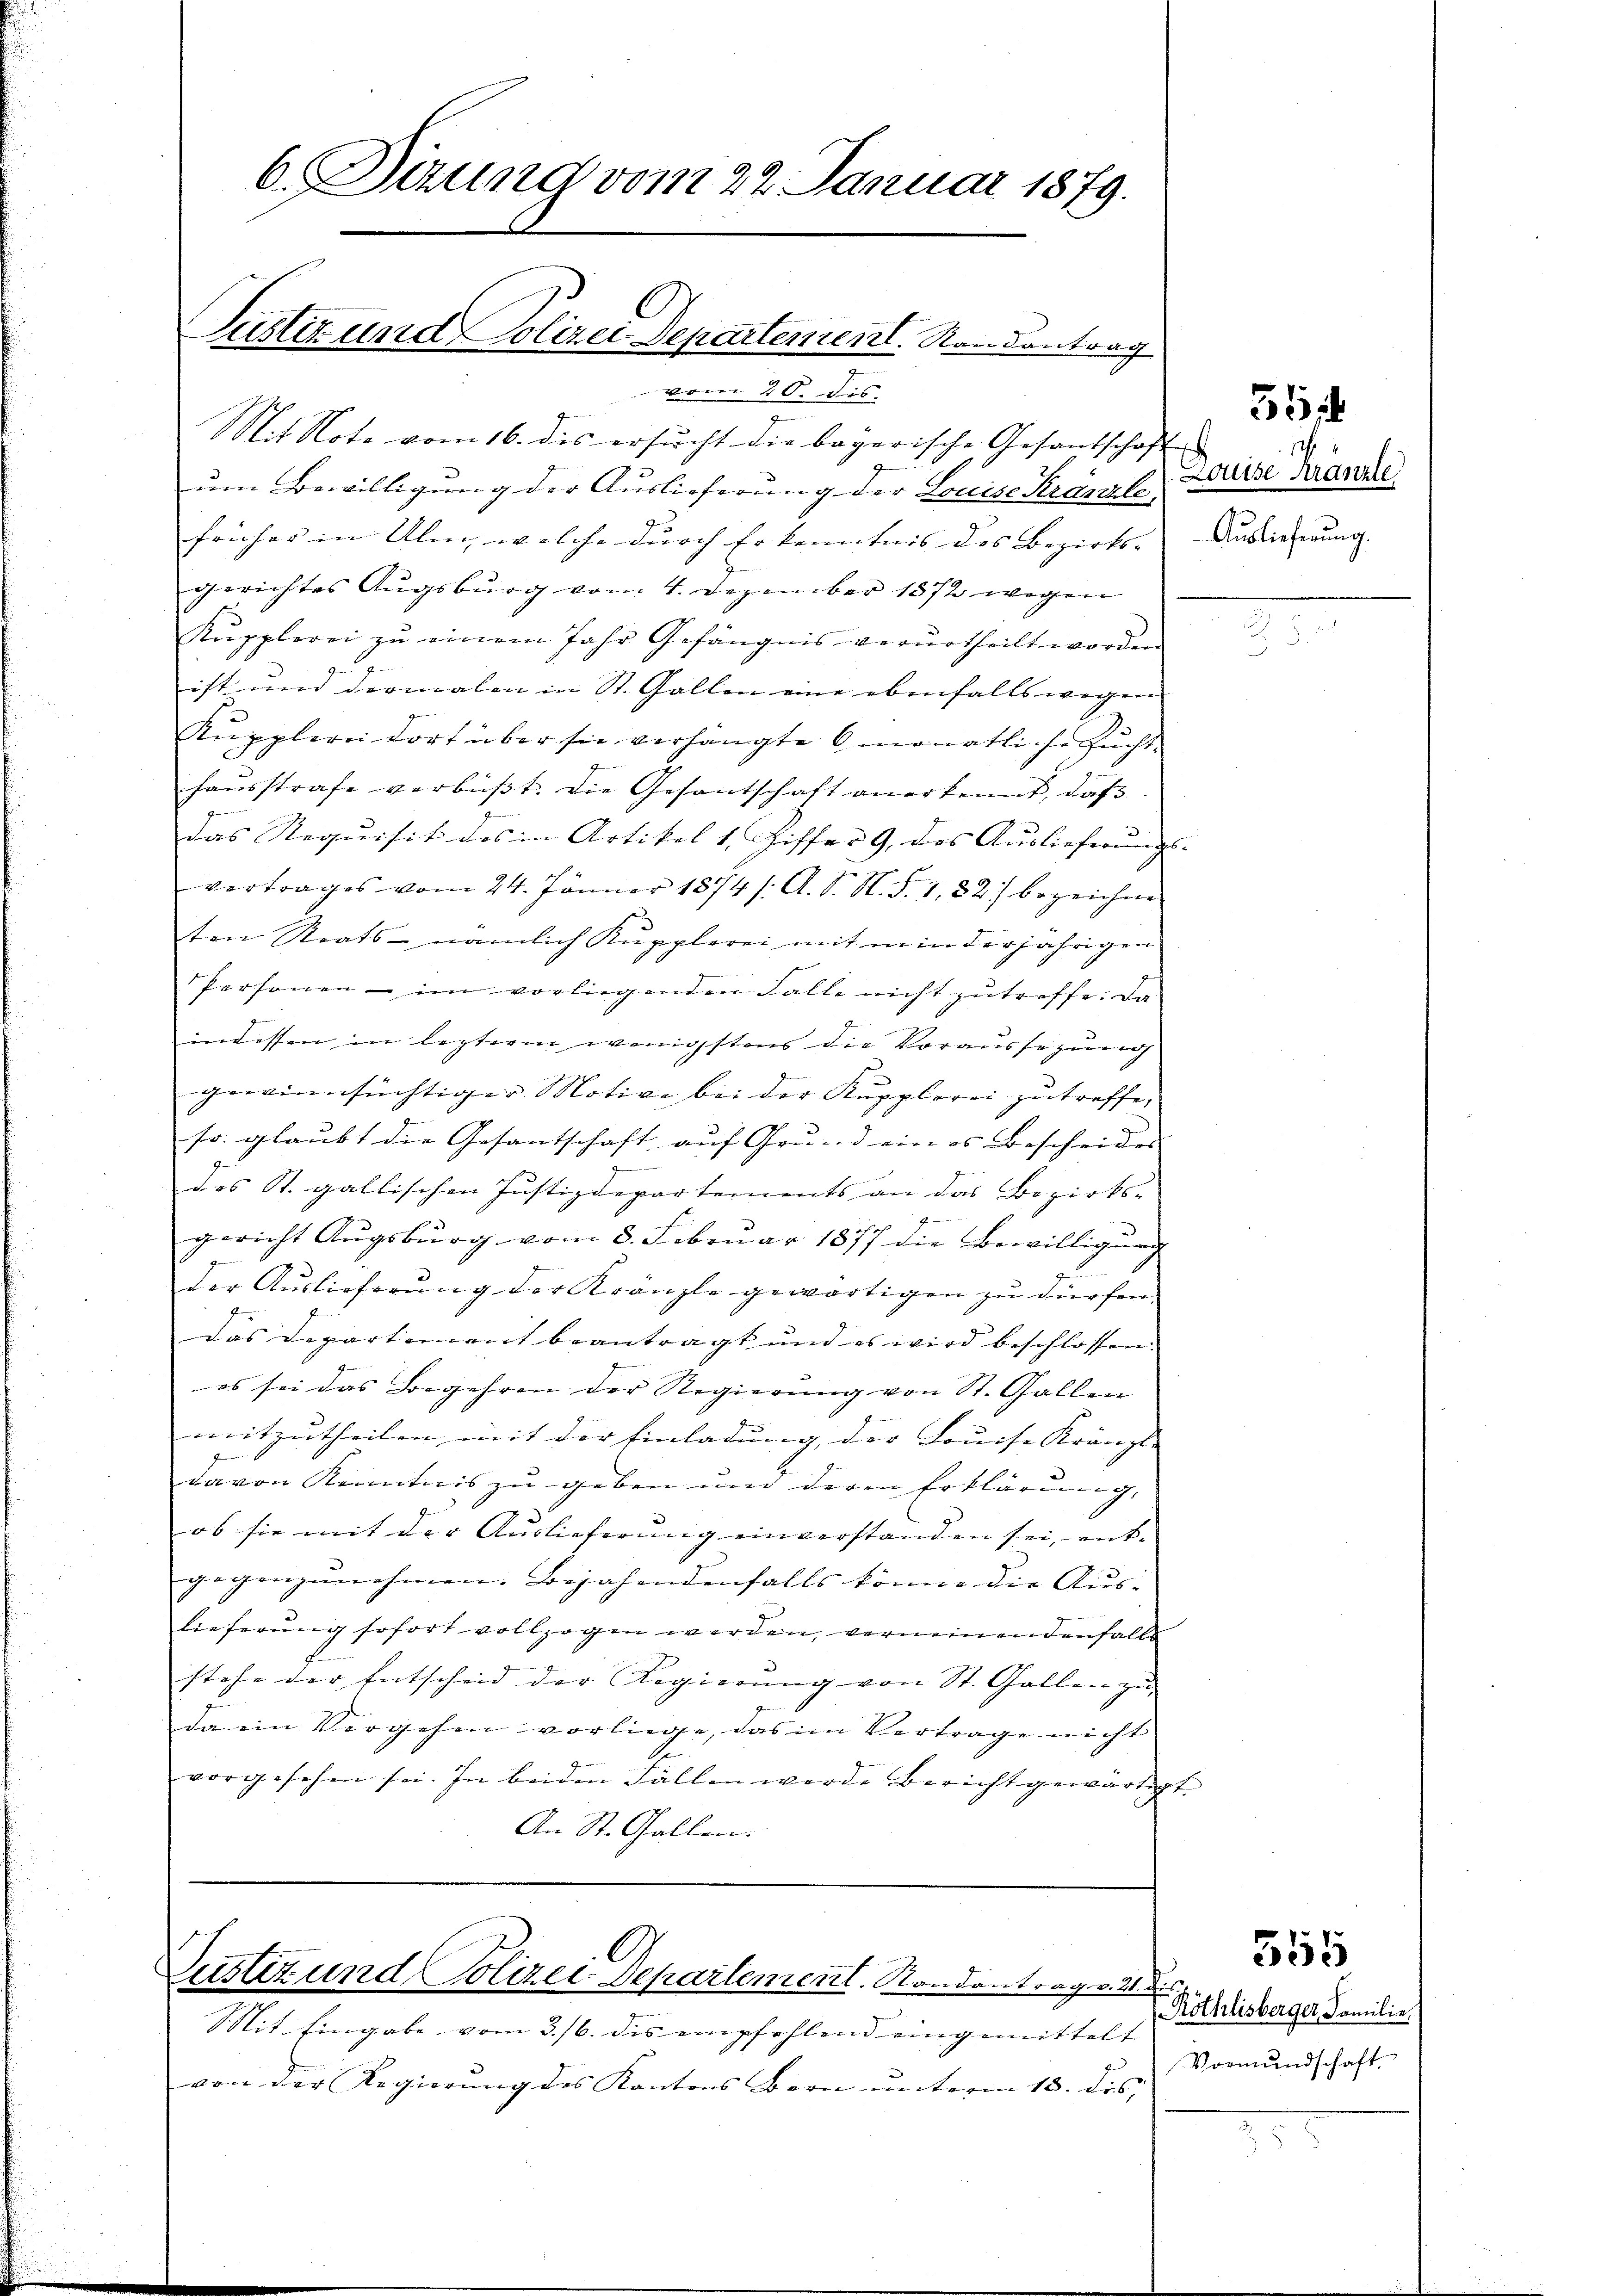
6 Dizung vom 22. Januar 1879.

Justiz und Polizei Departement. Randantrag

vom 20. Dis
Mit Note vom 16. des ersŭcht die bayerische Gesandschaft
um Bewilligung der Auslieferung der Louise Kränzte Kaise Krante
früher in Ulm, welche durch Erkenntnis des Bezirks- Auslieferung |
gerichtes Augsburg vom 4. Dezember 1872 wegen
Kŭpplerei zŭ einem Jahr Gefängnis verurtheilt worden
ist und dermalen in St. Gallen eine ebenfalls wegen |
Kŭpplern dort über sie verhängte monatli se Zŭcht-
haŭsstrafe verbŭβt. Die Gesantschaft anerkennt, daß
das Requisit des in Artikel 1, Ziffer 9. des Auslieferungs-
vertrages vom 24. Jänner 1874 s. A. S. N. S. 182) bezeichne
ten Staats- nämlich Kupplerei mit in in derjährigen
Personen - im vorliegenden Falle nicht zutreffe. Da
indessen in lezterm wenigstens die Voraussezung
gewinnsüchtiger Motive bei der Kupplerei zu treffe,
sr. glaubt die Gesantschaft auf Grund eines Bescheides |
des St. gallischen Justizdepartements an das Bezirks-
z
es
gericht Augsburg vom 8. Februar 1877 die Bewilligung
der Auslieferung der Kränzte gewärtigen zu dürfen.
das Departement beantragt und es wird beschlossen:
es sei das Begehren der Regierung von St. Gallen
mitzutheilen mit der Einladung, der Louise Kränzt. |
davon Kenntnis zu geben und deren Erklärung, |
ob sie mit der Auslieferung einverstanden sei, entgegenzunehmen. Bejahendenfalls könne die Aus- |
lieferung sofort vollzogen werden, verneinen denfalls
stehe der Entscheid der Regierŭng von St. Gallen zu
da ein Vergehen vorliege, das im Vertrage nicht
vorgesehen sei. In beiden Fällen werde bericht gewärtigt.
An St. Gallen.

Justiz und Polizei Departement. Randantrag v. 21. Dis

Mit Eingabe vom 3./6. des empfehlend eingemittelt
von der Regierung des Kantons Bern unterm 13. des,

554

Röthlisberger, Familie.
Vormŭndschaft

555